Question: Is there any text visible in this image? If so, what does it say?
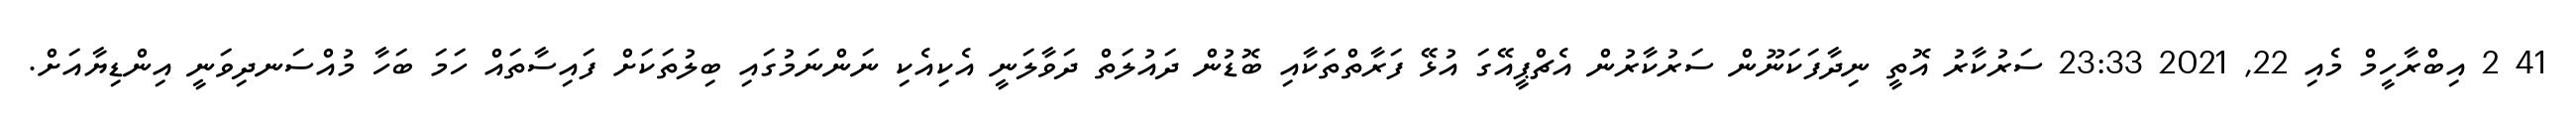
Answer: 41 2 އިބްރާހީމް މެއި 22, 2021 23:33 ސަރުކާރު އޮތީ ނިދާފަކަނޫން ސަރުކާރުން އެޗްޕީއޭގަ އުޅޭ ފަރާތްތަކާއި ބޮޑުން ދައުލަތް ދަވާލަނީ އެކިއެކި ނަންނަމުގައި ބިލުތަކަށް ފައިސާތައް ހަމަ ބަހާ މުއްސަނދިވަނީ އިންޑިޔާއަށް.